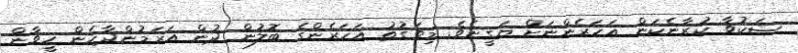
ޝަކުވާ ކުރާނެކަން އަހަރެންނަށް ޔަގީނެވެ. މިވަގުތު އަހަރެންގެ ބޮލުން ދުން އަރަމުންދާހެން ހީވާން